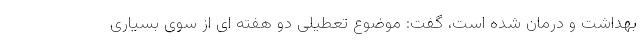
بهداشت و درمان شده است، گفت: موضوع تعطیلی دو هفته ای از سوی بسیاری